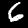
Label: 6